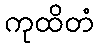
ကုထိတံ